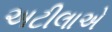
અટીલાએ